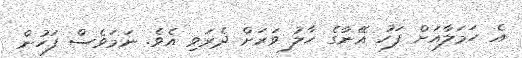
އެ ހަމަލާއަށް ފަހު އޭނާގެ ހާލު ވަރަށް ދެރަވި އެވެ. ނަމަވެސް ފަހުން